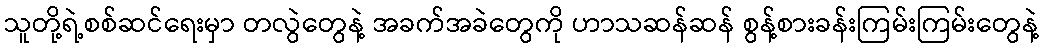
သူတို့ရဲ့စစ်ဆင်ရေးမှာ တလွဲတွေနဲ့ အခက်အခဲတွေကို ဟာသဆန်ဆန် စွန့်စားခန်းကြမ်းကြမ်းတွေနဲ့